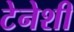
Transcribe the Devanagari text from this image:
टेनेशी